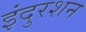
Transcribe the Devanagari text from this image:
इंदुरशन